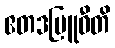
ဧတဒဗြူဝီတိ